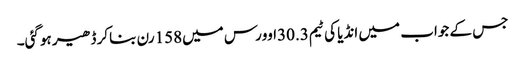
جس کے جواب میں انڈیا کی ٹیم30.3اوورس میں158رن بناکر ڈھیر ہوگئی۔